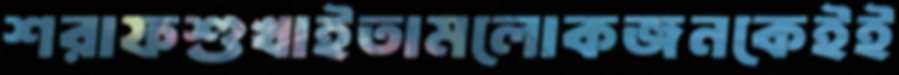
শরাফশুখাইতামলোকজনকেইই